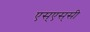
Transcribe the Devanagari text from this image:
एस्‌एस्‌सी